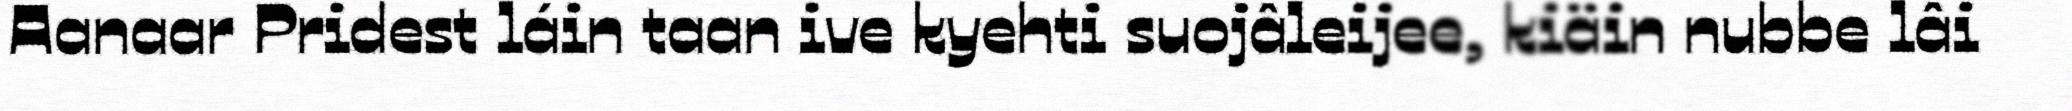
Aanaar Pridest láin taan ive kyehti suojâleijee, kiäin nubbe lâi